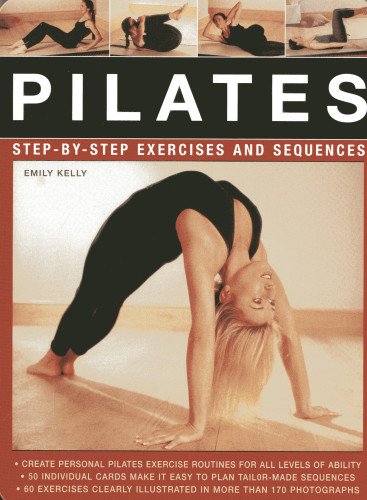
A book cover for Pilates: Step-by-Step Exercises and Sequences; Emily Kelly; Health, Fitness & Dieting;